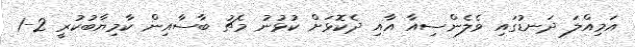
އަމިއްލަ ދަނޑުގައި ވެލެންސިއާ އާއި ދެކޮޅަށް ކުޅުނު މެޗު ބާސާއިން ކާމިޔާބުކުރީ 2-1